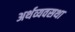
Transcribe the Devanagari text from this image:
अर्थव्यवसथा